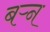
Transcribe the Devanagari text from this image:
बऱ्न